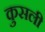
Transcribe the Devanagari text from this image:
कुसली